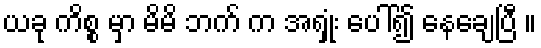
ယခု ကိစ္စ မှာ မိမိ ဘက် က အရှုံး ပေါ်၍ နေချေပြီ ။